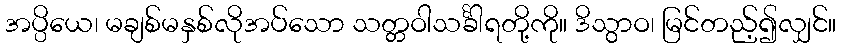
အပ္ပိယေ၊ မချစ်မနှစ်လိုအပ်သော သတ္တဝါသင်္ခါရတို့ကို။ ဒိသွာဝ၊ မြင်တည့်၍လျှင်။